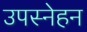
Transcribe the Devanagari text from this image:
उपस्नेहन